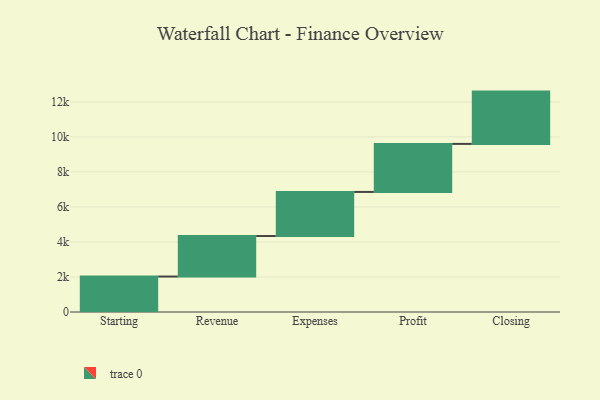
{"axis": {"x": "Step", "y": "Value"}, "legend": [""], "data": [{"x": "Starting", "y": 2026.0, "type": ""}, {"x": "Revenue", "y": 2313.0, "type": ""}, {"x": "Expenses", "y": 2519.0, "type": ""}, {"x": "Profit", "y": 2743.0, "type": ""}, {"x": "Closing", "y": 2987.0, "type": ""}]}